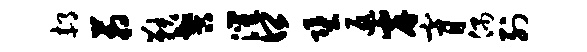
郝箱鞅髻灌口堕返岸膏偶列